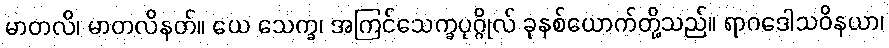
မာတလိ၊ မာတလိနတ်။ ယေ သေက္ခ၊ အကြင်သေက္ခပုဂ္ဂိုလ် ခုနစ်ယောက်တို့သည်။ ရာဂဒေါသဝိနယာ၊